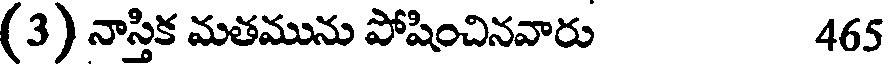
(3) నాస్తిక మతమును పోషించినవారు 465